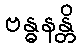
ဗန္ဓနန္တိ